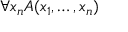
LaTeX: \forall x _ { n } A ( x _ { 1 } , \ldots , x _ { n } )